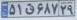
۵۱ق۶۸۷۲۹